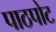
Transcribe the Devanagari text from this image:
पाठपोट